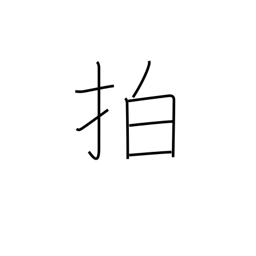
Meaning: clap